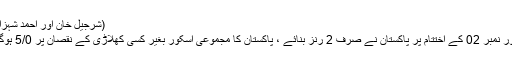
(شرجیل خان اور احمد شہزاد)
اوور نمبر 02 کے اختتام پر پاکستان نے صرف 2 رنز بنائے ، پاکستان کا مجموعی اسکور بغیر کسی کھلاڑی کے نقصان پر 5/0 ہوگیا۔